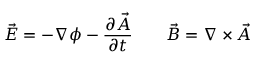
{ \vec { E } } = - \nabla \phi - { \frac { \partial { \vec { A } } } { \partial t } } \qquad { \vec { B } } = \nabla \times { \vec { A } }